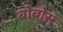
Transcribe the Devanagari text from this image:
बोबोस